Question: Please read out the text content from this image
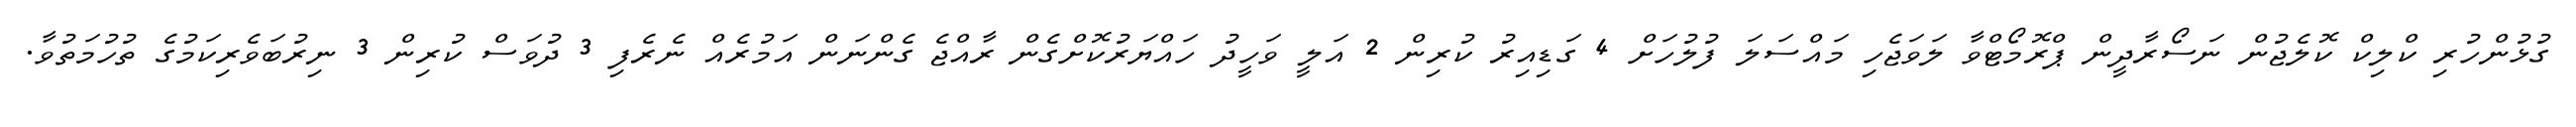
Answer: ގުޅުންހުރި ކްލިކް ކޮލެޖުން ނަސޯރާދީން ޕްރޮމޯޓްވާ ލަވަޖެހި މައްސަލަ ފުލުހަށް 4 ގަޑިއިރު ކުރިން 2 އަލީ ވަހީދު ހައްޔަރުކޮށްގެން ރާއްޖެ ގެންނަން އަމުރެއް ނެރެފި 3 ދުވަސް ކުރިން 3 ނިރުބަވެރިކަމުގެ ތުހުމަތުވާ.